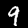
Digit: 9